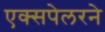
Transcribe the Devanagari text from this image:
एक्सपेलरने